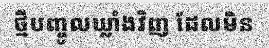
ថ្មីបញ្ចូលឃ្លាំងវិញ ដែលមិន